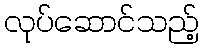
လုပ်ဆောင်သည့်